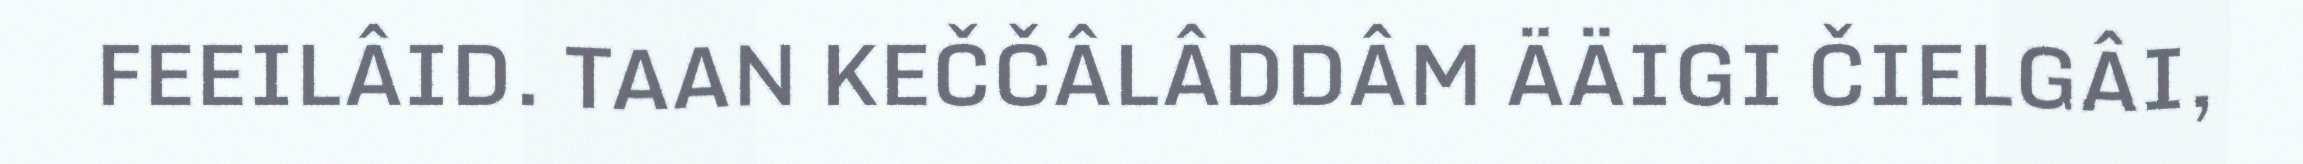
FEEILÂID. TAAN KEČČÂLÂDDÂM ÄÄIGI ČIELGÂI,